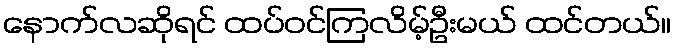
နောက်လဆိုရင် ထပ်ဝင်ကြလိမ့်ဦးမယ် ထင်တယ်။